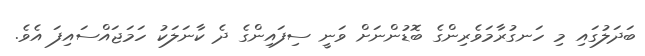
ބަދަލުގައި މި ހަނގުރާމަވެރިންގެ ބޮޑުންނަށް ވަނީ ސިފައިންގެ ދެ ކާނަލަކު ހަމަޖައްސައިފަ އެވެ.